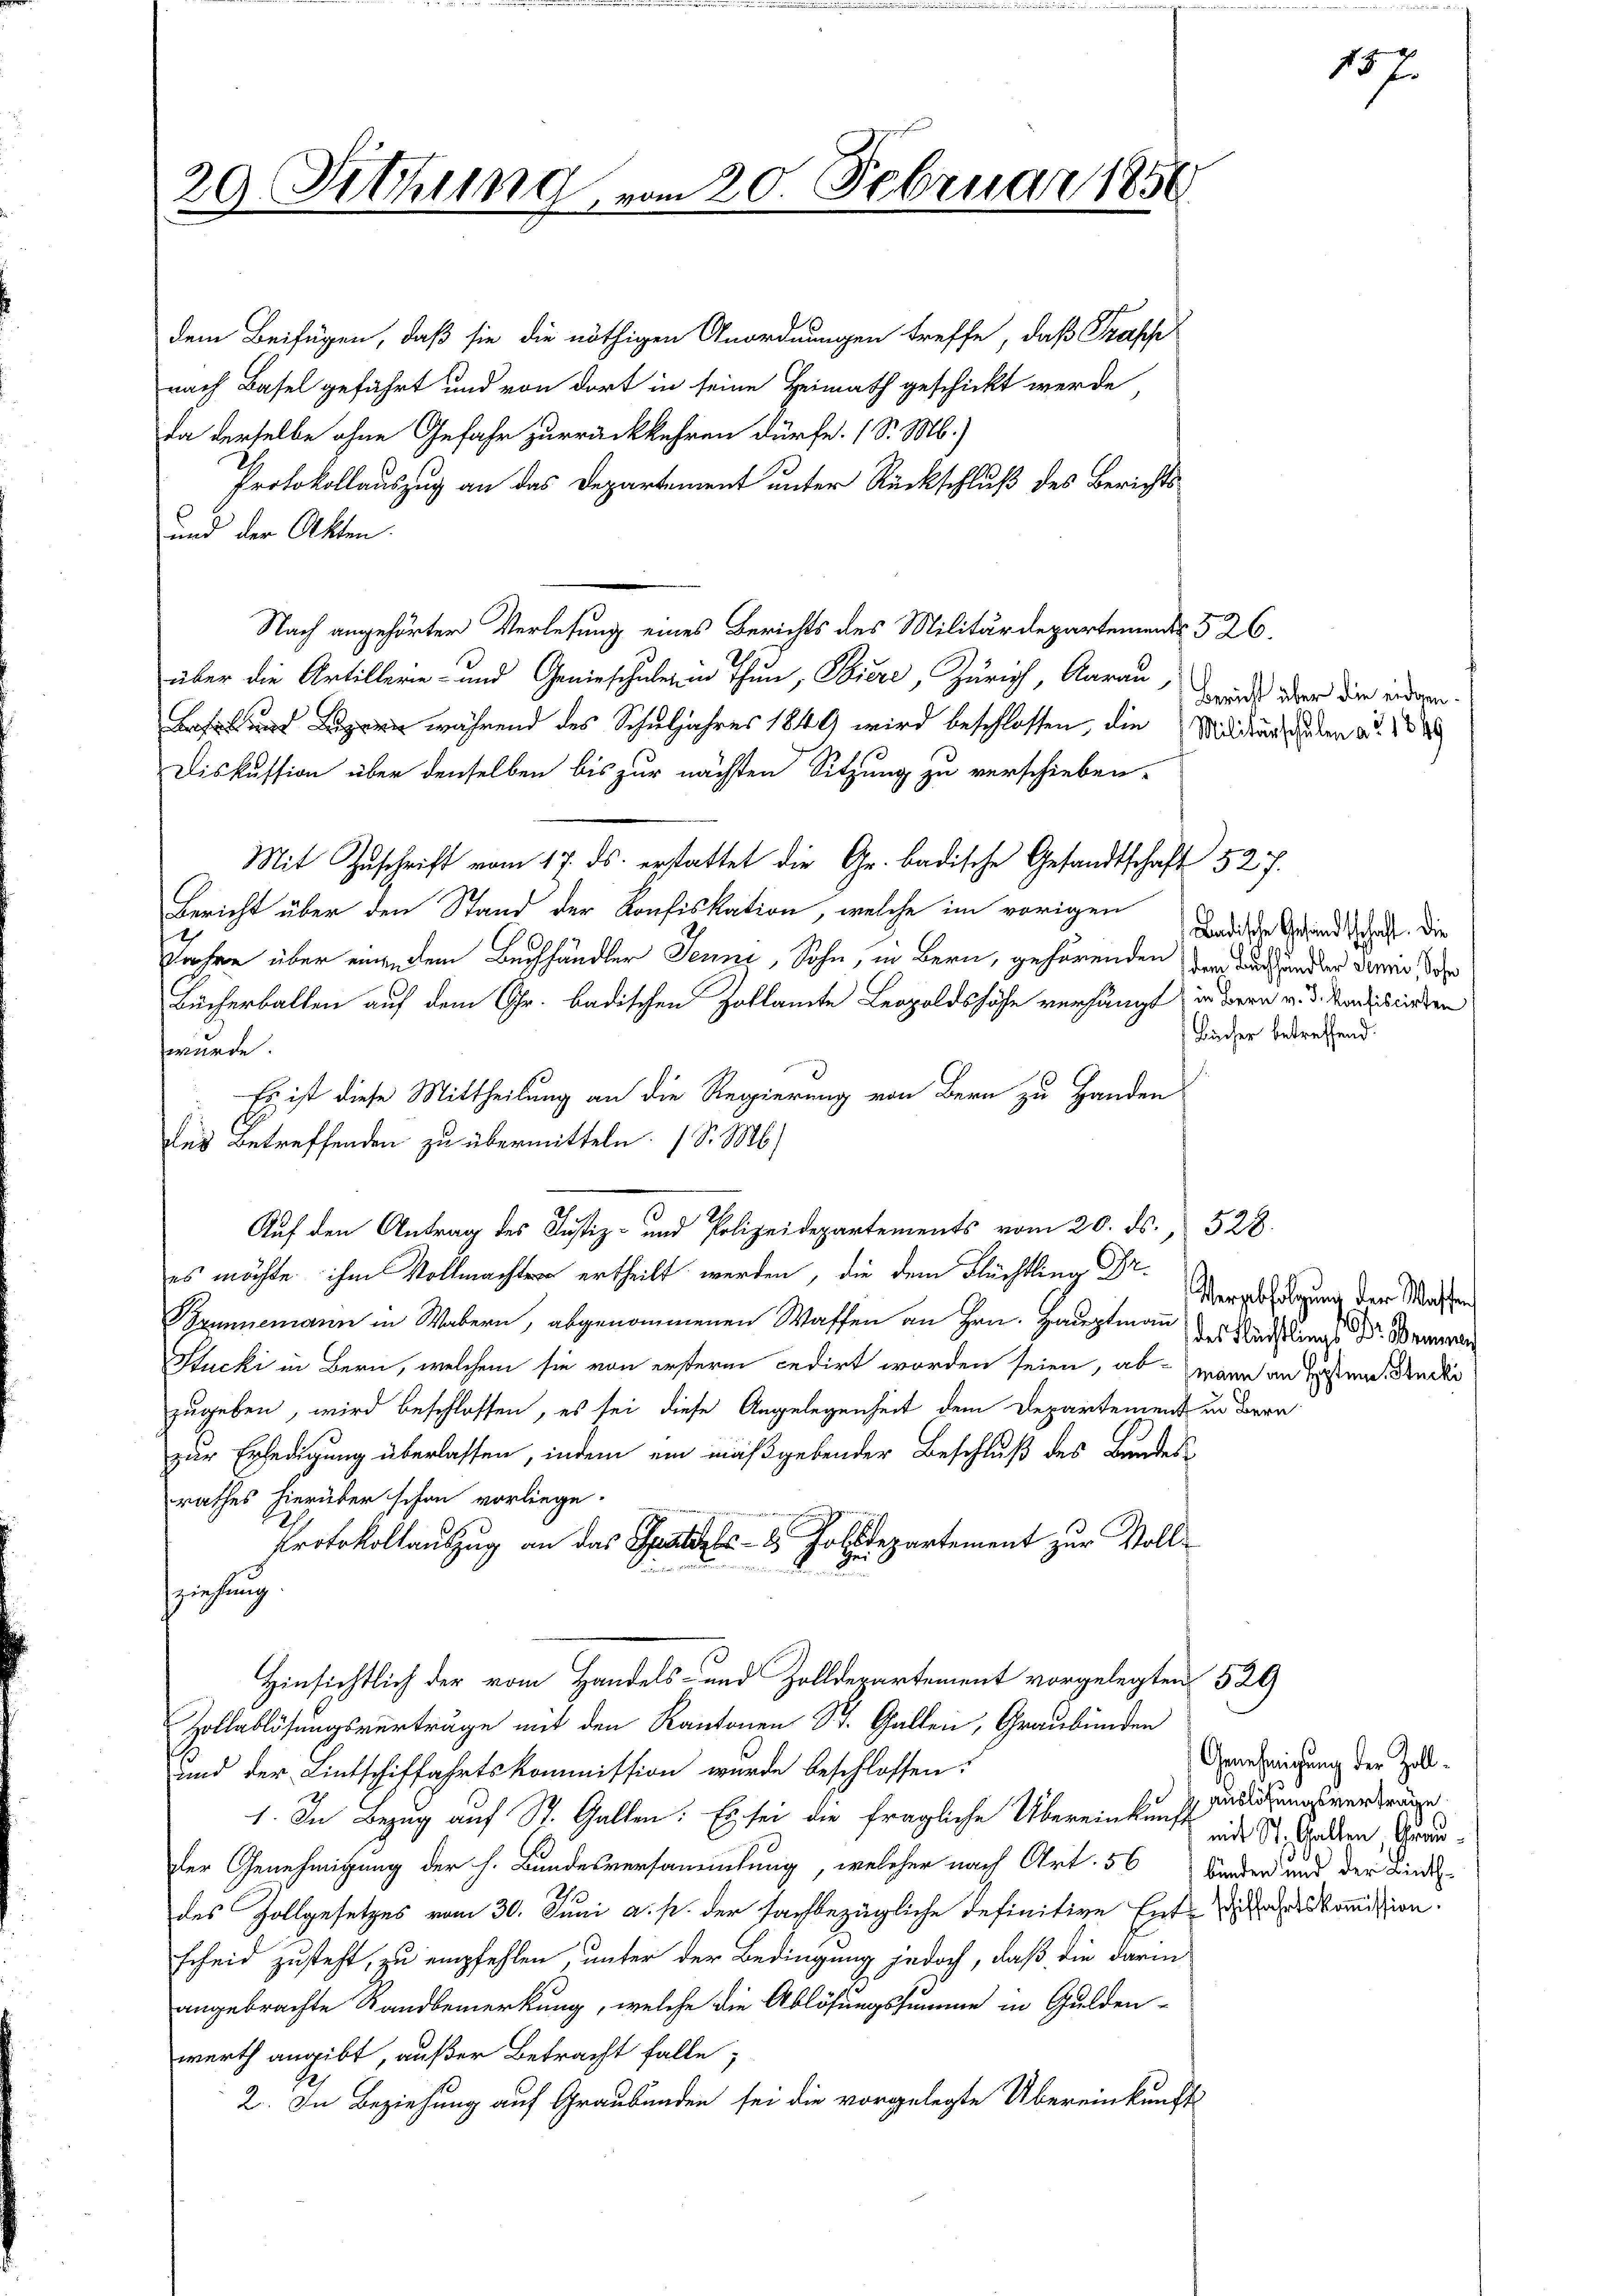
20 Sitzung

20. Februar 1856

dem Beifügen, daß sie die nöthigen Anordnungen treffe, daß Trapp
nach Basel geführt und von dort in seine Heimath geschickt werde,
da derselbe ohne Gefahr zurückkehren dürfe. (S. M.)
Protokollauszug an das Departement unter Rückschluß des Berichts
und der Akten.
Nach angehörter Verlesung eines Berichts des Militärdepartements 526.
über die Artillerie- und Genieschulein Thun, Biere, Zürich, Aarau
pern während des Schuljahres 1849 wird beschlossen, die Militärs guten ad. 188
Diskussion über denselben bis zur nächsten Sitzung zu verschieben.
Mit Zuschrift vom 17. ds. erstattet die Gr. badische Gesandtschaft 527.
Bericht über den Stand der Konfiskation, welche im vorigen
Jahre über engedem Buchhändler Jenni, Sohn, in Bern, gehörenden der auch andern darin dahe
Bücherballen auf dem Gr. badischen Zollamte Leopoldshöhe verhängt, in der v. 3. Sandbrieden
wurde.
Es ist diese Mittheilung an die Regierung von Bern zu Handen
des Betreffenden zu übermitteln. (S. M
Auf den Antrag des Justiz- und Polizeidepartements vom 20. ds., 528.
es möchte ihm Vollmachter ertheilt werden, die dem Flüchtling Pr.
Brunnemann in Wabern, abgenommenen Waffen an Hrn. Hauptmann des Stadlins Ban
Stucki in Bern, welchem sie von erstere cedirt worden seien, ab wann an Gasten Studi
zugeben, wird beschlossen, es sei diese Angelegenheit dem Departement u
zur Erledigung überlassen, indem ein maßgebender Beschluß des Bundesrathes hierüber schon vorliege.
Protokollauszug an das Falls 8 Zolldepartement zur Voll¬
Zei
Bummen den
un
sziehung
Hinsichtlich der vom Handels- und Zolldepartement vorgelegten 521
Zollablösungsverträge mit den Kantonen St. Gallen, Graubünden
und der Lintschiffahrtskommission wurde beschlossen:
1. In Bezug auf St. Gallen. Es sei die fragliche Übereinkunft in St. Baden Gerinder Genehmigung der h. Bundesversammlung, welcher nach Art. 56 Bunden und der Linde-
des Zollgesetzes vom 30. Juni a. p. der sachbezügliche definitive Entsche kommission.
scheid zusteht, zu empfehlen, unter der Bedingung jedoch, daß die darin
angebrachte Sandbemerkung, welche die Ablösungssumme in Gulden-
werth angibt, außer Betracht falle;
2. In Beziehung auf Graubünden sei die vorgelegte Übereinkunft

Bericht über die eidgen.

u Ber

Verabfolgung der Wassen

157

Badische Gesandtschaft. Die
Bücher betreffend.

Genehmigung der Zoll¬
Auslösungsvertrage